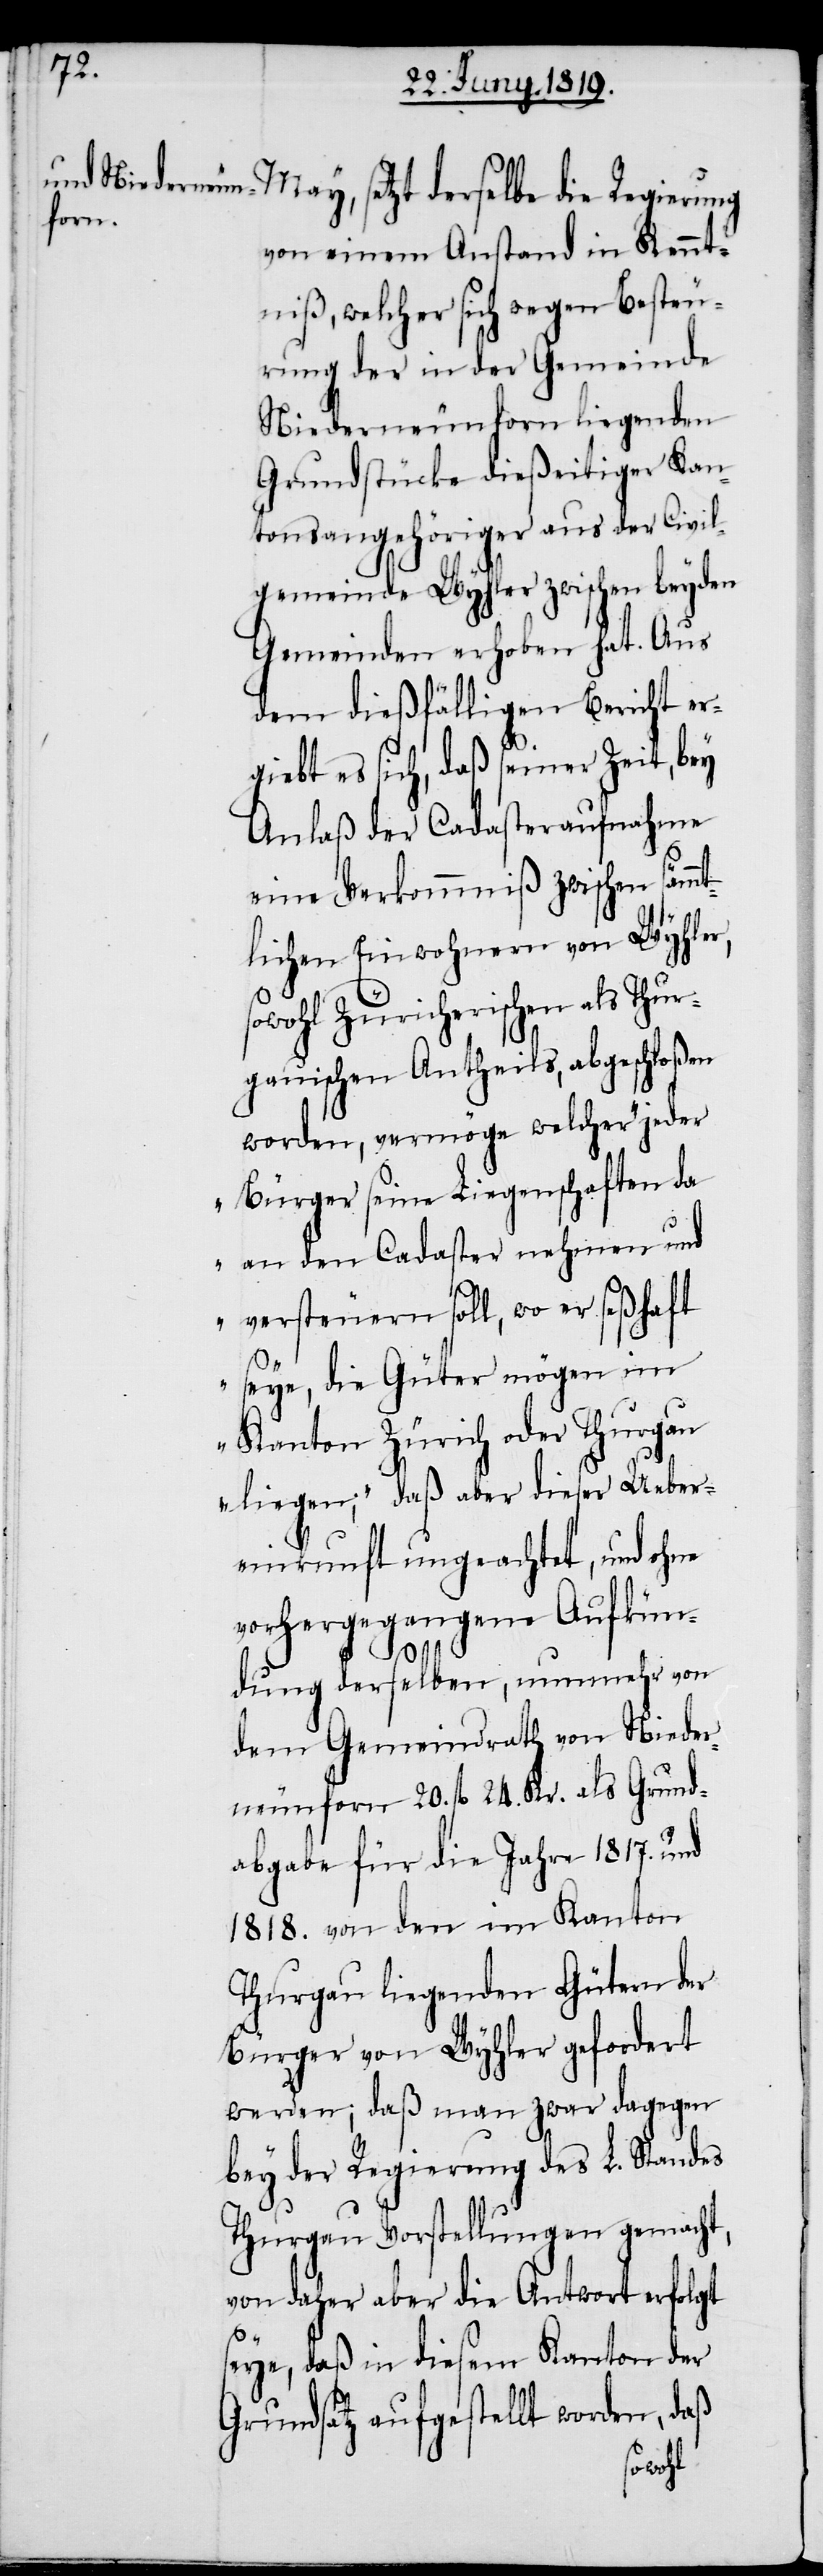
von einem Anstand in Kennt¬
niß, welcher sich wegen Besteu¬
rung der in der Gemeinde
Niederneunforn liegenden
Grundstücke dießeitiger Kan¬
tonsangehöriger aus der Civil¬
gemeinde Wyhler zwischen beyden
Gemeinden erhoben hat. Aus
dem dießfälligen Bericht erg¬
iebt es sich, daß seiner Zeit, bey
Anlaß der Cadasteraufnahme
eine Verkommniß zwischen sämmt¬
lichen Einwohnern von Wyhler,
sowohl Züricherischen als Thur¬
gauischen Antheils, abgeschloßen
worden, vermöge welcher „jeder
Bürger seine Liegenschaften da
an den Cadaster nehmen und
versteuern soll, wo er seßhaft
seye, die Güter mögen im
Kanton Zürich oder Thurgau
liegen,“ daß aber dieser Ueber¬
einkunft ungeachtet, und ohne
vorhergegangene Aufkün¬
dung derselben, nunmehr von
dem Gemeindrath von Nieder¬
neunforn 20. fl 24. Kr. als Grund¬
abgabe für die Jahre 1817. und
1818. von den im Kanton
Thurgau liegenden Gütern der
Bürger von Wyhler gefordert
werden; daß man zwar dagegen
bey der Regierung des L. Standes
Thurgau Vorstellungen gemacht,
von daher aber die Antwort erfolgt
seye, daß in diesem Kanton der
Grundsatz aufgestellt worden, daß